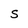
Character: s